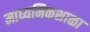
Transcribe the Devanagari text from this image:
माध्यमिकशाळा